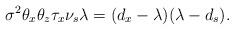
LaTeX: \begin{align*} \sigma^2\theta_x\theta_z\tau_x\nu_s\lambda = (d_x-\lambda)(\lambda-d_s).\end{align*}